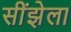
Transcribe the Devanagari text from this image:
सींझेला